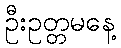
ဦးဥတ္တမနေ့